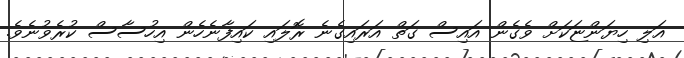
އަލި ހިޔަންޏަކަށް ވެގެން އައިސް ގަތް އަރައިގެނެ ރޮލައި ކައިފާނެހެން އިހުސާސް ކުރެވުނެވެ.